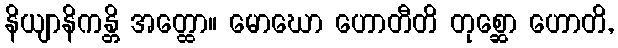
နိယျာနိကန္တိ အတ္ထော။ မောဃော ဟောတီတိ တုစ္ဆော ဟောတိ,